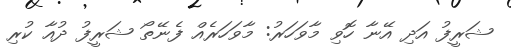
ޝަރީފު އަދި އޭނާ ހޮވި މާވަހަރު: މާވަހަރެއް ފެނޭތޯ ޝަރީފު ދުއާ ކުރި